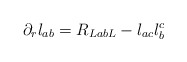
\begin{align*}\partial_r l_{ab} = R_{LabL} -l_{ac} l^c_b\end{align*}